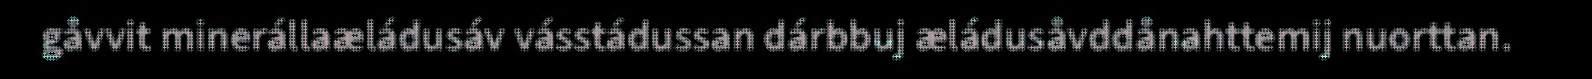
gåvvit minerállaæládusáv vásstádussan dárbbuj æládusåvddånahttemij nuorttan.